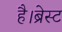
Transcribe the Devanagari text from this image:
है।ब्रेस्ट